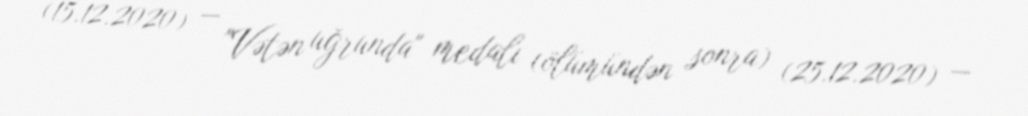
(15.12.2020) — "Vətən uğrunda" medalı (ölümündən sonra) (25.12.2020) —